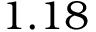
1 . 1 8